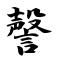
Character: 謦